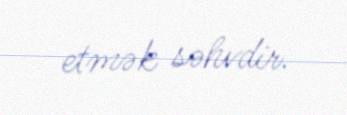
etmək səhvdir.